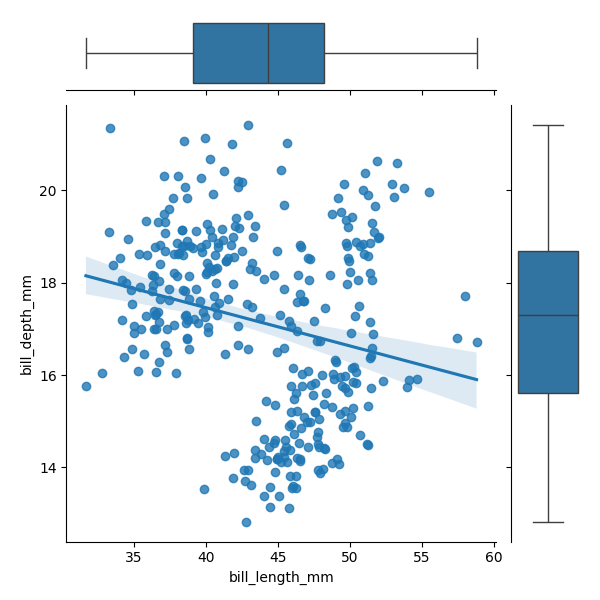
python, seaborn, JointGrid, regplot, boxplot